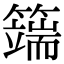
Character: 𥵣